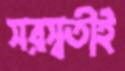
সরস্বতীই